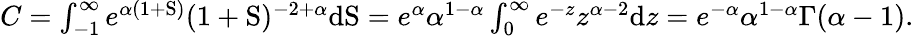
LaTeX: \begin{array}{r}{C=\int_{-1}^{\infty}e^{\alpha(1+\mathrm{S})}(1+\mathrm{S})^{-2+\alpha}\mathrm{d}\mathrm{S}=e^{\alpha}\alpha^{1-\alpha}\int_{0}^{\infty}e^{-z}z^{\alpha-2}\mathrm{d}z=e^{-\alpha}\alpha^{1-\alpha}\Gamma(\alpha-1).}\end{array}